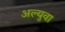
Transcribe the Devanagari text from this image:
अल्युवा